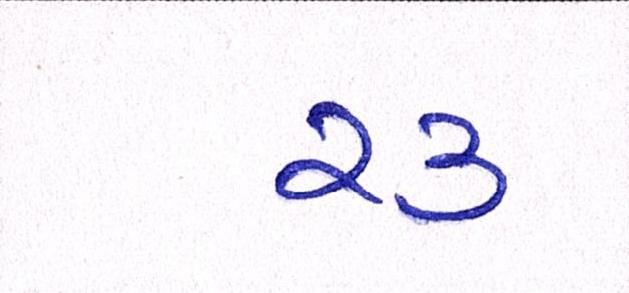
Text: ૨૩